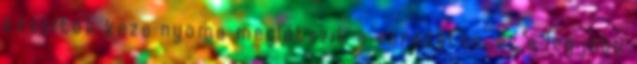
készítők keze nyoma meglátszik a sorozaton, ez a legjobb